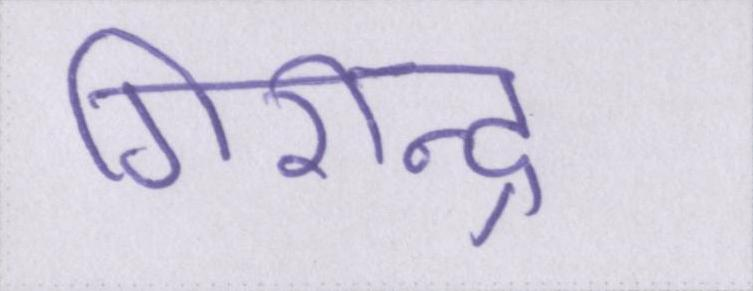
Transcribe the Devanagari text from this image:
गिरीन्द्र